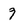
Character: 9